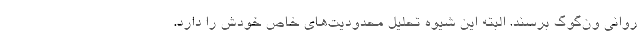
روانی ون‌گوگ برسند. البته این شیوه تحلیل محدودیت‌های خاص خودش را دارد.